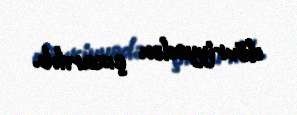
dövriyyədən çıxarılıb.